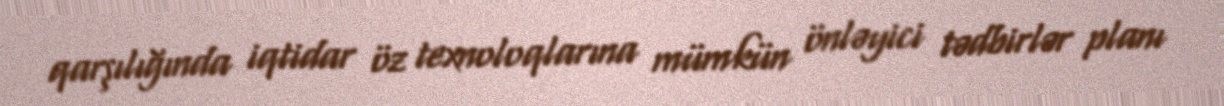
qarşılığında iqtidar öz texnoloqlarına mümkün önləyici tədbirlər planı